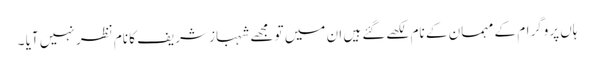
ہاں پروگرام کے مہمان کے نام لکھےگئے ہیں ان میں تو مجھے شہباز شریف کا نام نظر نہیں آیا ۔